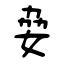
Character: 姭